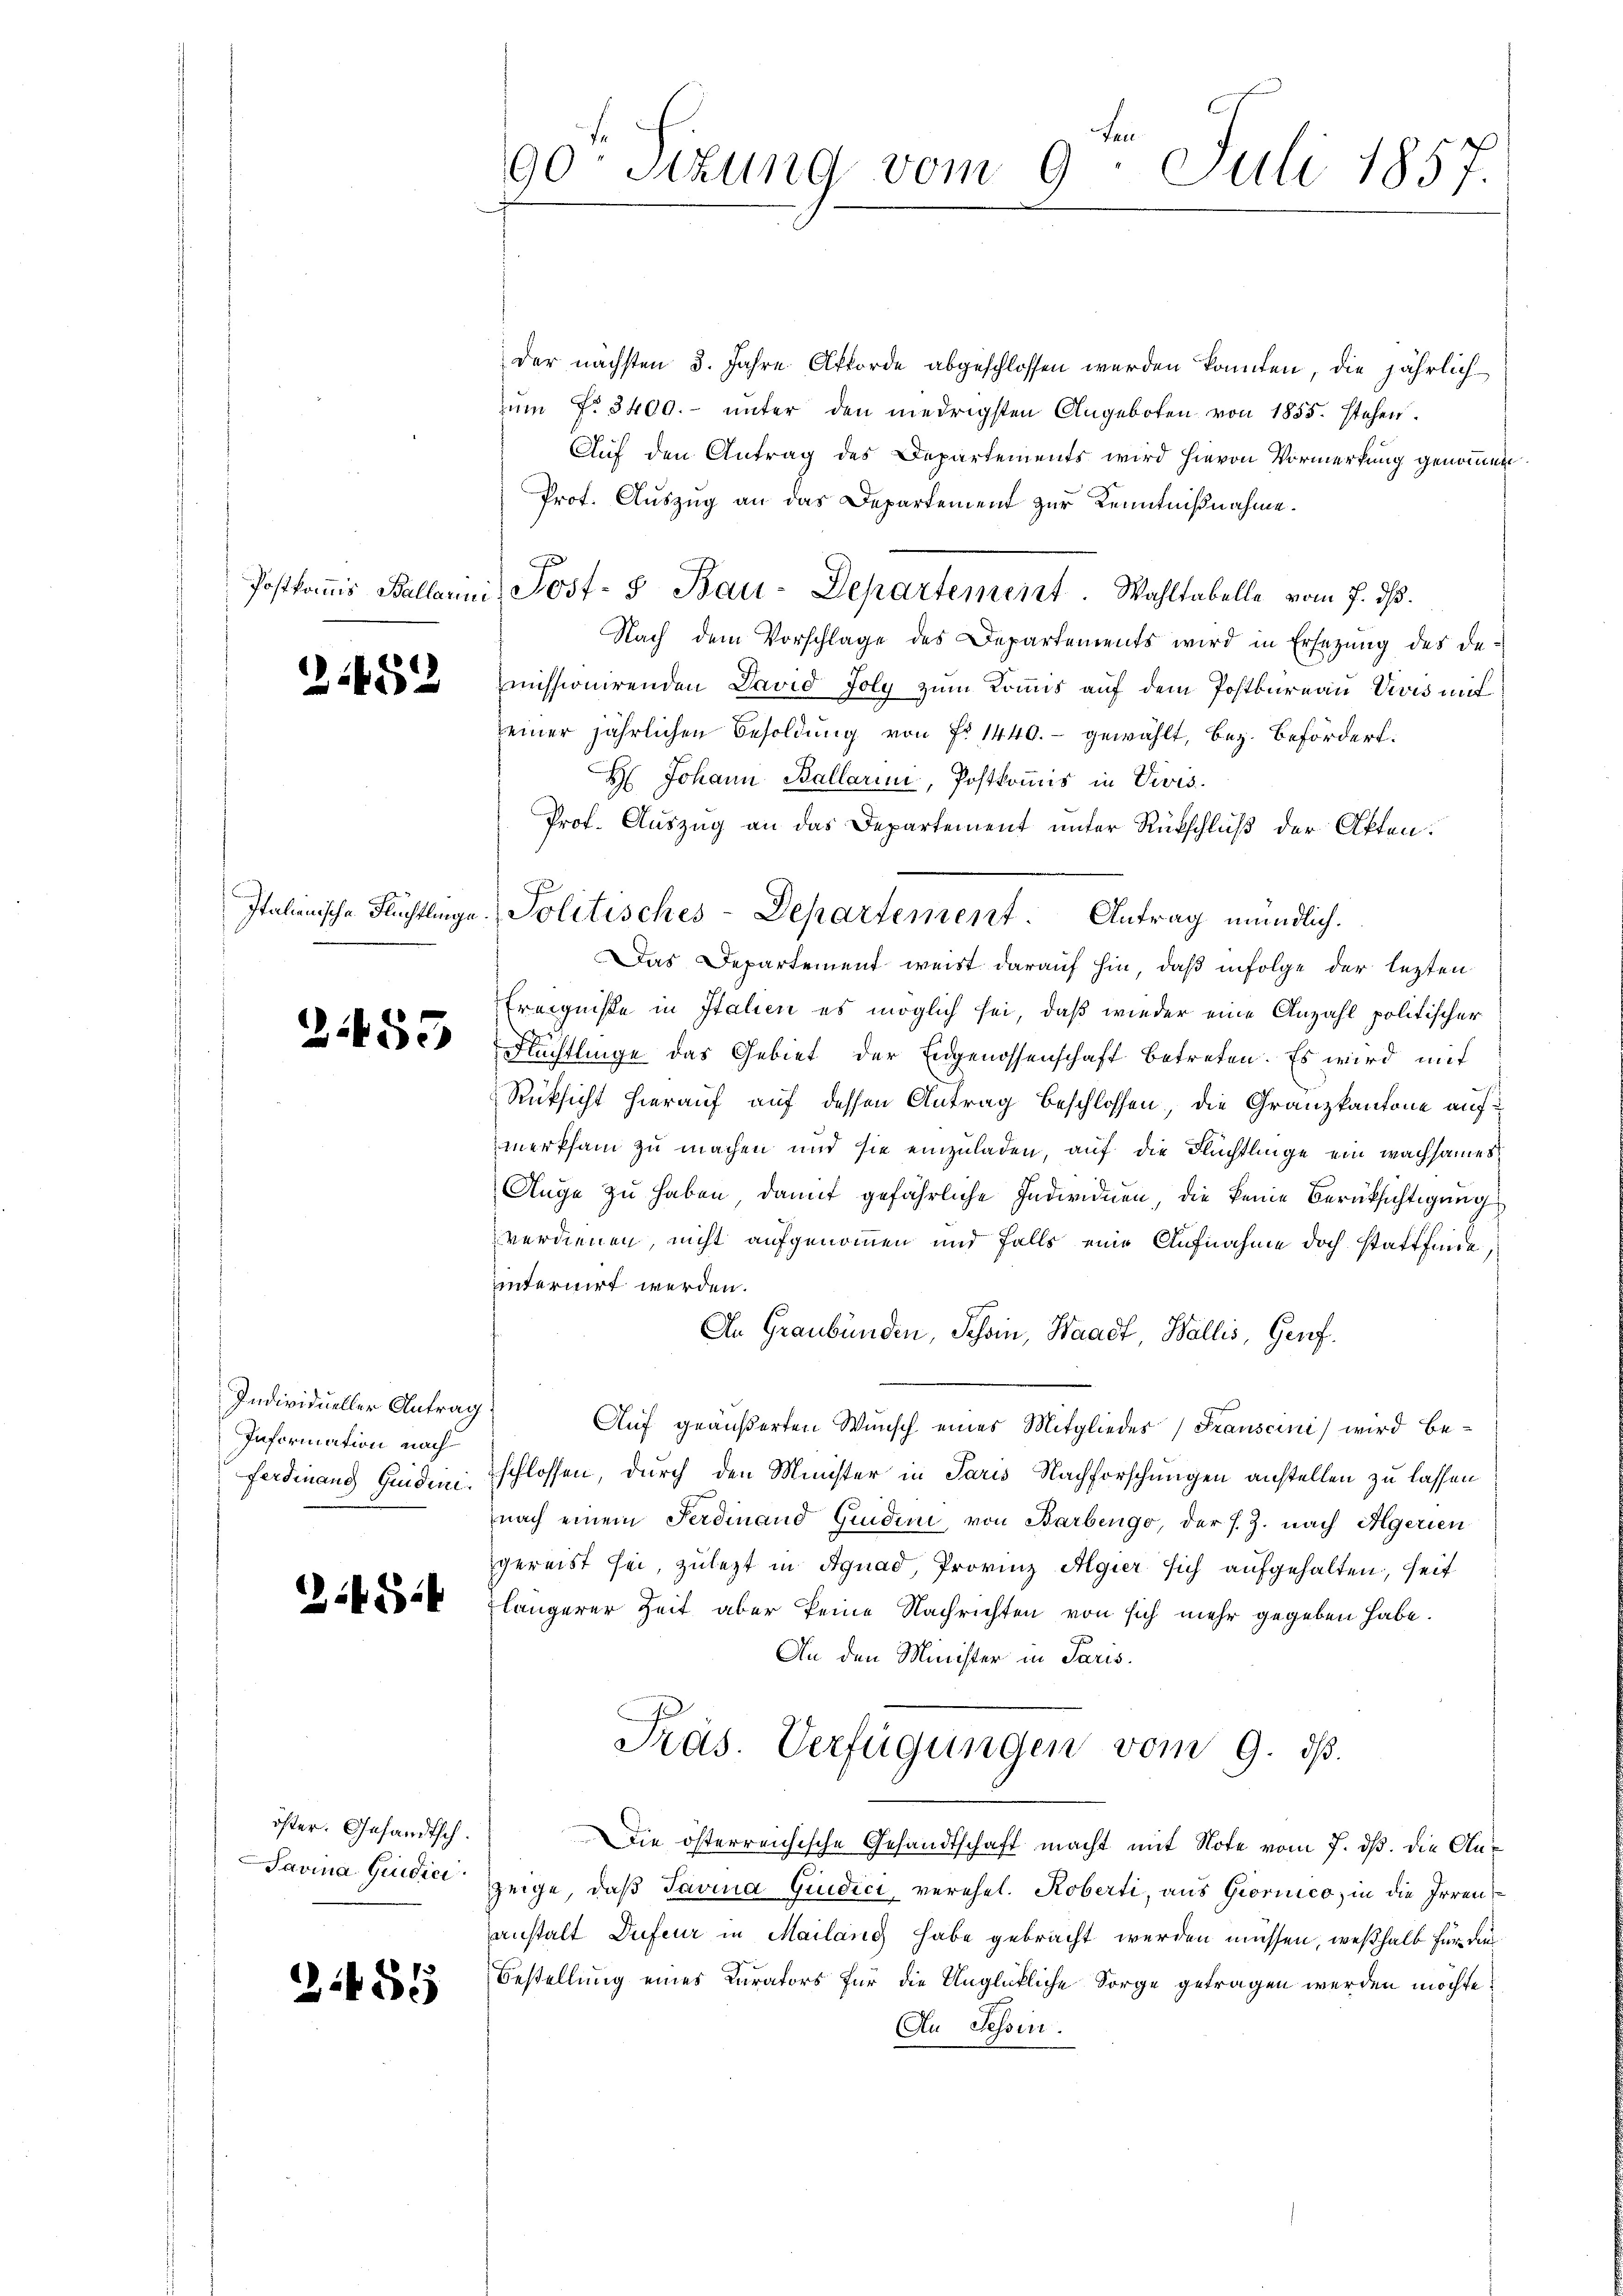
Postkommis Ballarini

21482

Italienische Flüchtlinge.

B 459

Individueller Antrag
Information nach
Ferdinand Quiden.

2.484

öster. Gesandtsch.
Savina Qudici

2485

ten
90. Sitzung vom 9. Juli 1857.

der nächsten 3. Jahre Offorde abgeschlossen werden könnten, die jährlich
ŭm N. 3400.- unter den niedrigsten Angeboten von 1855. stehen.
Auf den Antrag des Departements wird hievon Vormerkung genommen.
Prot. Auszug an das Departement zur Kenntnißnahme.
Post- & Bau-Departement. Wahltabelle vom 7. ds.
Nach dem Vorschlage des Departements wird in Ersezung des demmissionirenden David foly zum Kommis auf dem Postbureau Vivis mit
seiner jährlichen Besoldung von Fr. 1440.- gewählt, bez. befördert.
 Johann Ballarine, Postkommis in Vivis.
Prof. Auszug an das Departement unter Rückschluß der Akten.
Das Departement weist darauf hin, daß infolge der lezten
Ereigniße in Italien es möglich sei, daß wieder eine Anzahl politischer
Flüchtlinge das Gebiet der Eidgenossenschaft betreten. Es wird mit
Rücksicht hierauf auf dessen Antrag beschlossen, die Granzkantone aufmerksam zu machen und sie einzuladen, auf die Flüchtlinge ein wachsames
Auge zu haben, damit gefährliche Individuen die keine Berüksichtigung
verdienen, nicht aufgenommen und falls eine Aufnahme doch stattfinde,
internirt werden.
An Graubünden, Schon, Waadt, Wallis, Genf
Auf geäußerten Wunsch eines Mitgliedes Frauscini wird beschlossen, durch den Minister in Paris Nachforschungen anstellen zu lassen
nach einem Ferdinand Gudini, von Barbengo, der s. Z. nach Aegerien
gereist sei, zulezt in Agnad, Provinz Algier sich aufgehalten, seit
längerer Zeit aber keine Nachrichten von sich mehr gegeben habe.
An den Minister in Paris.
Präs. Verfügungen vom 9. ds.
Die österreichische Gesandtschaft macht mit Note vom 7. dß. die Anzeige, daß Savina Giudici, verehel. Koberti, aus Giornico, in die Irren
anstalt Dufeur in Mailand habe gebracht werden müssen, weßhalb für die
Bestellung eines Curators für die Unglückliche Sorge getragen werden möchte.
Au Tessin.

Politisches-Departement. Antrag mündlich.